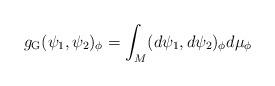
LaTeX: \begin{align*} g_\textup{G}(\psi_1, \psi_2)_\phi = \int_M (d \psi_1, d \psi_2)_\phi d\mu_\phi\end{align*}